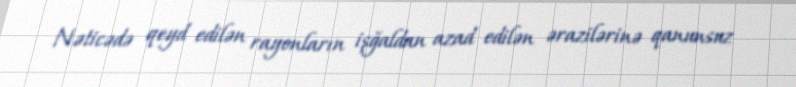
Nəticədə qeyd edilən rayonların işğaldan azad edilən ərazilərinə qanunsuz